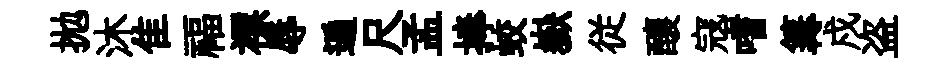
拋沐隹福褾辱遍尺孟捧蛟嶽従釀寇嗜篝戍盗